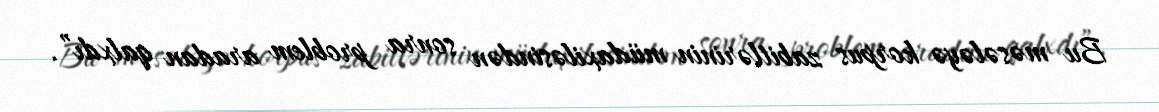
Bu məsələyə korpus zabitlərinin müdaxiləsindən sonra problem aradan qalxdı”.